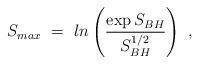
LaTeX: \begin{align*}S_{max}~=~ln \left( {\exp{S_{BH}} \over S_{BH}^{1/2} } \right)~,\end{align*}